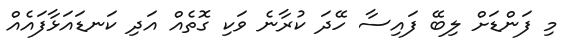
މި ފަންޑަށް ލިބޭ ފައިސާ ހޭދަ ކުރާނެ ވަކި ގޮތެއް އަދި ކަނޑައަޅާފައެއް